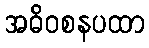
အဓိဝစနပထာ